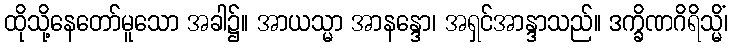
ထိုသို့နေတော်မူသော အခါ၌။ အာယသ္မာ အာနန္ဒော၊ အရှင်အာန္ဒာသည်။ ဒက္ခိဏဂိရိသ္မိံ၊